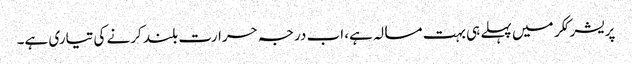
پریشر ککر میں پہلے ہی بہت مسالہ ہے، اب درجہ حرارت بلند کرنے کی تیاری ہے۔